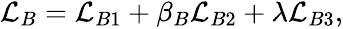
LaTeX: \begin{array}{r}{\mathcal{L}_{B}=\mathcal{L}_{B1}+\beta_{B}\mathcal{L}_{B2}+\lambda\mathcal{L}_{B3},}\end{array}